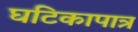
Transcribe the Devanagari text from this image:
घटिकापात्र